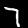
Label: 7